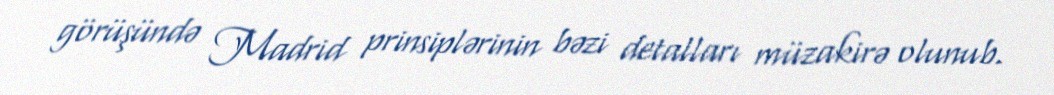
görüşündə Madrid prinsiplərinin bəzi detalları müzakirə olunub.